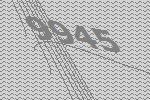
9945